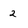
Character: 2